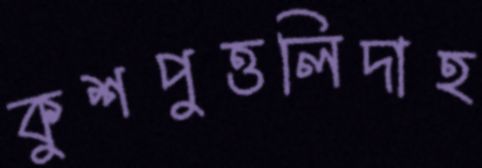
কুশপুত্তলিদাহ